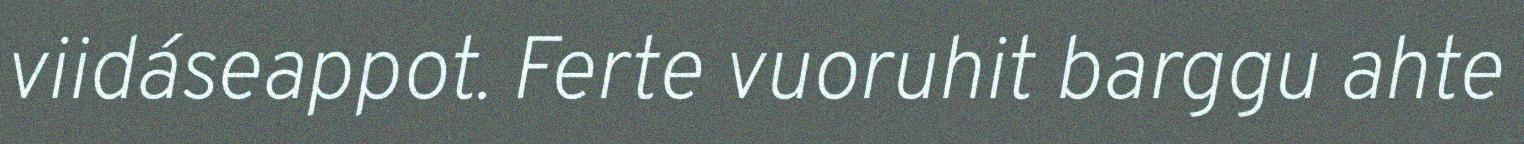
viidáseappot. Ferte vuoruhit barggu ahte